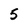
Character: 5